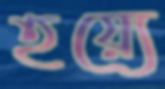
হয়্যে